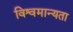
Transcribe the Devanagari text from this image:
विश्वमान्यता